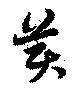
美